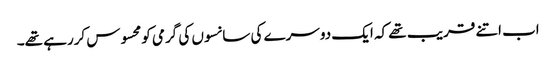
اب اتنے قریب تھے کہ ایک دوسرے کی سانسوں کی گرمی کومحسوس کررہے تھے۔